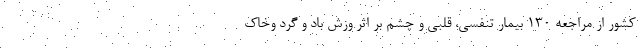
کشور از مراجعه ۱۳۰ بیمار تنفسی، قلبی و چشم بر اثر وزش باد و گرد وخاک